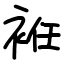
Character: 袵